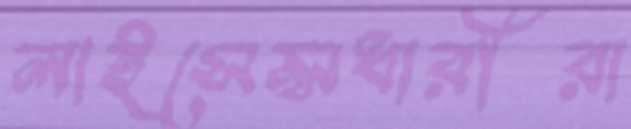
লাইসেন্সধারীরা